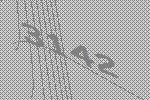
3142